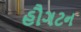
હૌગટન